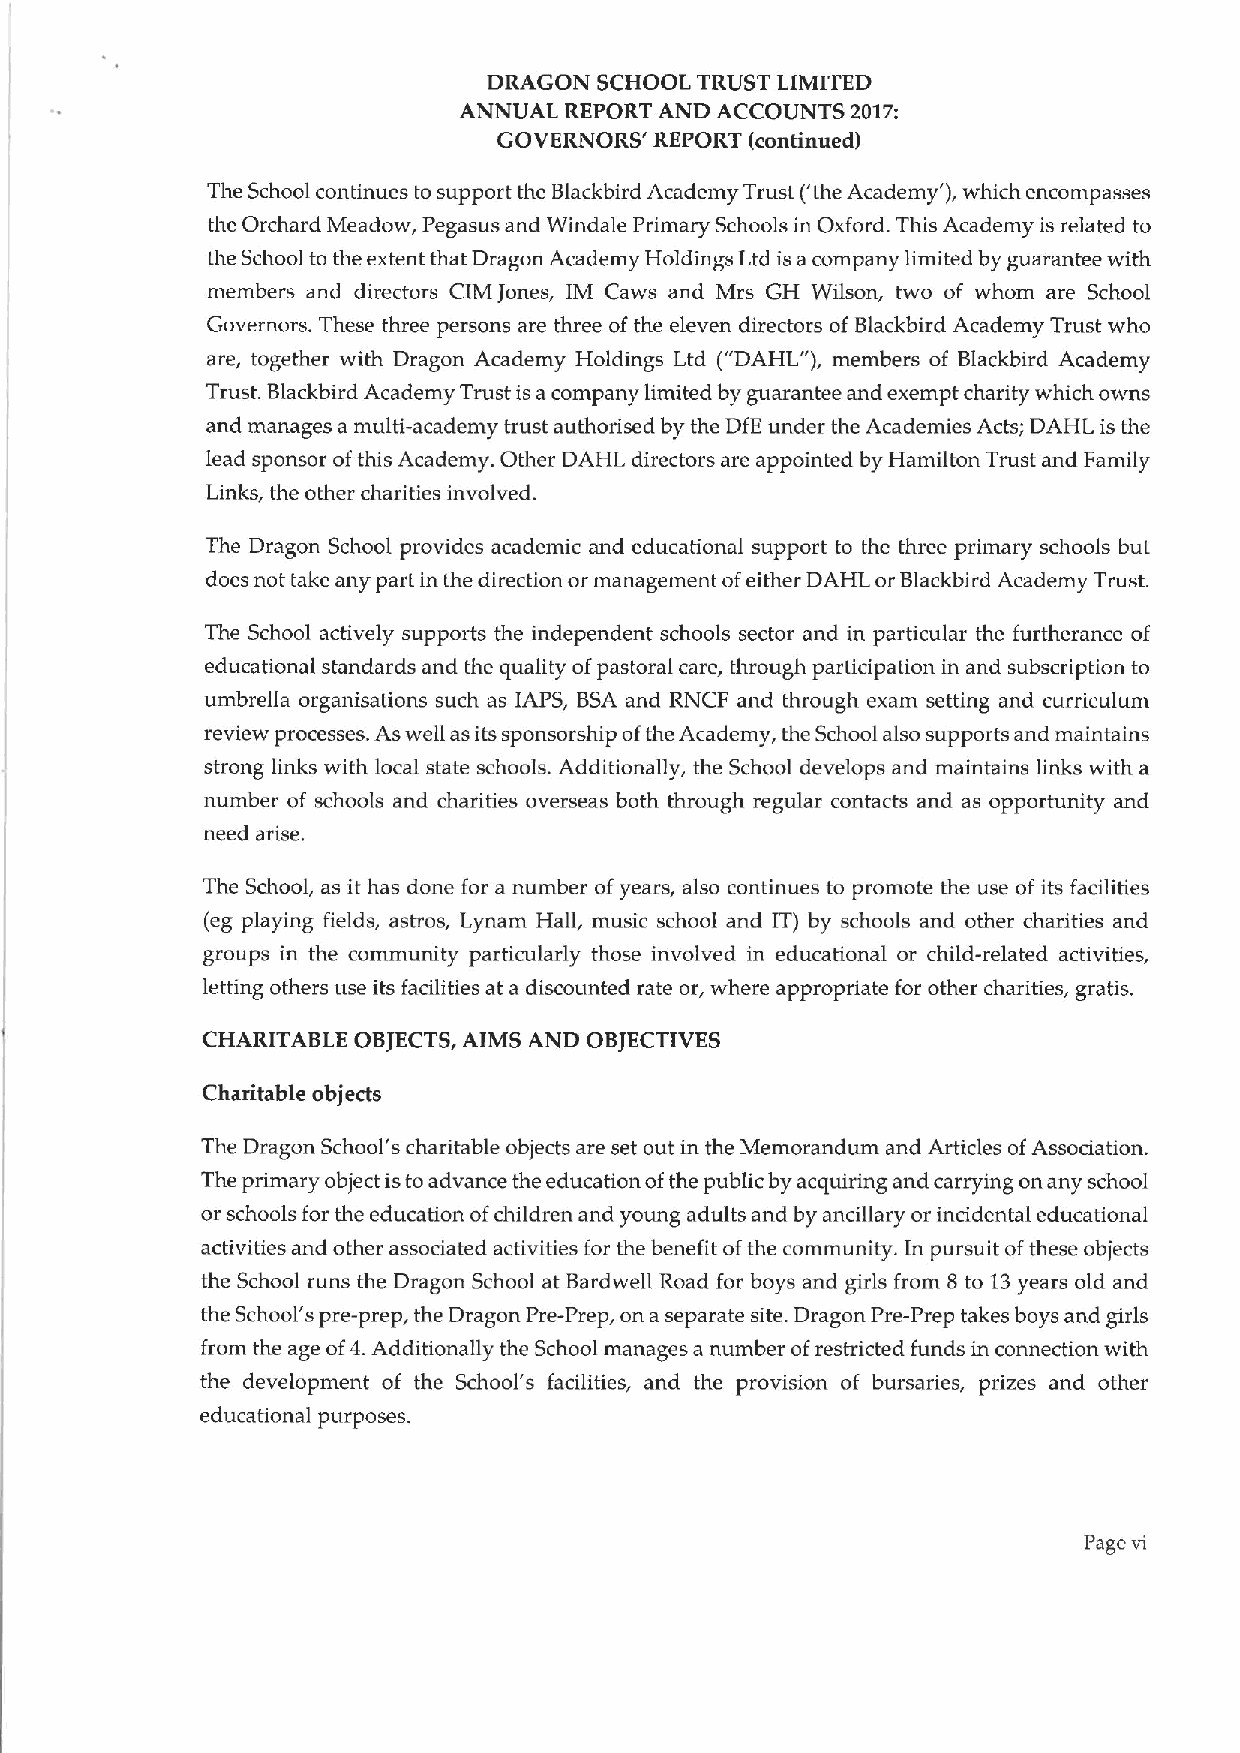
DRAGON  SCHOOL TRUST LIMITED
 ANNUAL REPORT AND ACCOUNTS 2017:
 GOVERNORS' REPORT (continued)
 The School continues to support the Blackbird Academy Trust ('the Academy' ),which encompasses
 the Orchard Meadow, Pegasus and Windale Primary Schools in Oxford. This Academy is related to
 the School to the extent that Dragon Academy Holdings Ltd isa company limited by guarantee with
 members and directors CIM Jones, IM Caws and Mrs GH Wilson, two of whom are School
 Governors. These three persons are three ofthe eleven directors of Blackbird Academy Trust who
 are, together with Dragon Academy Holdings Ltd ("DAHL"), members of Blackbird Academy
 Trust. Blackbird Academy Trust is acompany limited by guarantee and exempt charity which owns
 and manages a multi-academy trust authorised by the DIE under the Academies Acts; DAHL is the
 lead sponsor ofthis Academy. Other DAHL directors are appointed by Hamilton Trust and Family
 Links, the other charities involved.
 The Dragon School provides academic and educational support to the three primary schools but
 does not take any part in the direction or management ofeither DAHL or Blackbird Academy Trust.
 The School actively supports the independent schools sector and in particular the furtherance of
 educational standards and the quality ofpastoral care, through participation in and subscription to
 umbrella organisations such as IAPS, BSA and RNCF and through exam setting and curriculum
 review processes. As well as its sponsorship ofthe Academy, the School also supports and maintains
 strong links with local state schools. Additionally, the School develops and maintains links with a
 number of schools and charities overseas both through regular contacts and as opportunity and
 need arise.
 The School, as it has done for a number ofyears, also continues to promote the use of its facilities
 (eg playing fields, astros, Lynam Hall, music school and IT) by schools and other charities and
 groups in the community particularly those involved in educational or child-related activities,
 letting others use its facilities at a discounted rate or, where appropriate for other charities, gratis.
 CHARITABLE OBJECTS,AIMS AND OBJECTIVES
 Charitable objects
 The Dragon School's charitable objects are set out in the Memorandum and Articles ofAssociation.
 The primary object istoadvance the education ofthe public by acquiring and carrying on any school
 or schools for the education ofchildren and young adults and by ancillary or incidental educational
 activities and other associated activities for the benefit ofthe community. In pursuit ofthese objects
 the School runs the Dragon School at Bardwell Road for boys and girls from 8 to 13years old and
 the School's pre-prep, the Dragon Pre-Prep, on a separate site. Dragon Pre-Prep takes boys and girls
 from the age of4.Additionally the School manages a number ofrestricted funds in connection with
 the development of the School's facilities, and the provision of bursaries, prizes and other
 educational purposes.
 Page vi